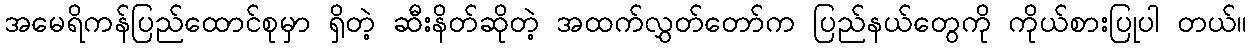
အမေရိကန်ပြည်ထောင်စုမှာ ရှိတဲ့ ဆီးနိတ်ဆိုတဲ့ အထက်လွှတ်တော်က ပြည်နယ်တွေကို ကိုယ်စားပြုပါ တယ်။